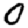
Digit: 0